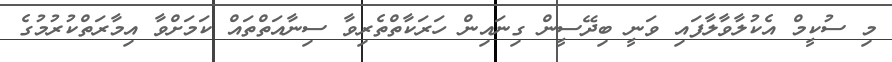
މި ސުކީމް އެކުލާވާލާފައި ވަނީ ބިދޭސީން ގިނައިން ހަރަކާތްތެރިވާ ސިނާއަތްތައް ކަމަށްވާ އިމާރަތްކުުރުމުގެ